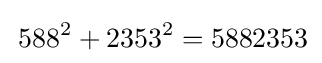
\,588^{2}+2353^{2}=5882353